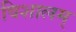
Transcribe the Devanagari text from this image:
विशालम्